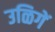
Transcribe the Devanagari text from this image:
उळिगें